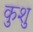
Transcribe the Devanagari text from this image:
कुशु